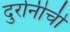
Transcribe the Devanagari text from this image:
दुर्रानीची